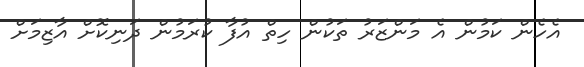
އެހެން ކަމުން އެ މަންޒަރު ތަކުން ހިތް އުފާ ކުރަމުން ދަނިކޮށް އާޒިމަށް